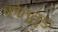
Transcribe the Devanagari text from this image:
कोतूतुङ